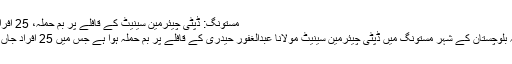
مستونگ: ڈپٹی چیئرمین سینیٹ کے قافلے پر بم حملہ، 25 افراد جاں بحق -
کوئٹہ: صوبہ بلوچستان کے شہر مستونگ میں ڈپٹی چیئرمین سینیٹ مولانا عبدالغفور حیدری کے قافلے پر بم حملہ ہوا ہے جس میں 25 افراد جاں بحق ہوگئے۔